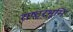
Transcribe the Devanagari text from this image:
राष्ट्रभूमि